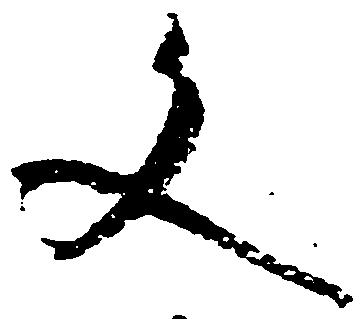
文